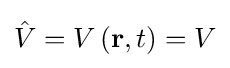
{\hat {V}}=V\left(\mathbf {r} ,t\right)=V\,\!